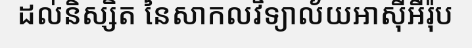
ដល់និស្សិត នៃសាកលវិទ្យាល័យអាស៊ីអឺរ៉ុប